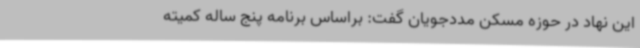
این نهاد در حوزه مسکن مددجویان گفت: براساس برنامه پنج ساله کمیته